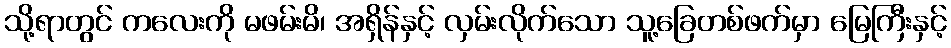
သို့ရာတွင် ကလေးကို မဖမ်းမိ၊ အရှိန်နှင့် လှမ်းလိုက်သော သူ့ခြေတစ်ဖက်မှာ မြေကြီးနှင့်